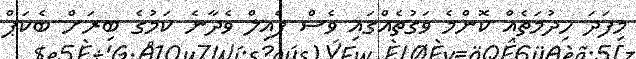
މިފަދަ ހިދުމަތެއް ކޮންމެ ވަގުތެއްގައި ވެސް ފެއިލް ވެދާނެ ކަަމުގެ ބިރަށް ބެކަޕް